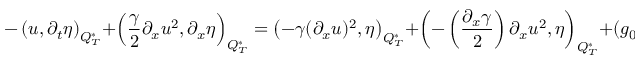
- \left( u , \partial _ { t } \eta \right) _ { Q _ { T } ^ { * } } + \left( \frac { \gamma } { 2 } \partial _ { x } u ^ { 2 } , \partial _ { x } \eta \right) _ { Q _ { T } ^ { * } } = \left( - \gamma ( \partial _ { x } u ) ^ { 2 } , \eta \right) _ { Q _ { T } ^ { * } } + \left( - \left( \frac { \partial _ { x } \gamma } { 2 } \right) \partial _ { x } u ^ { 2 } , \eta \right) _ { Q _ { T } ^ { * } } + \left( g _ { 0 } u , \eta \right) _ { Q _ { T } ^ { * } } + \left( \varphi _ { 0 } , \eta ( x , 0 ) \right) _ { \Omega ^ { * } } .